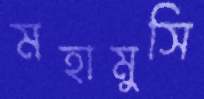
মহামুসি